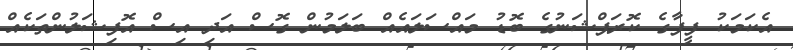
އެކަަމަކު ފީފާގެ ކޮރަޕްޝަނުގެ ބޮޑު މައްސަލައެއް ބަލަމުން ގޮސް އަދި އިސް އޮފިޝަލުންތަކެއް